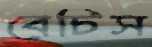
বেচিস